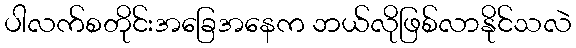
ပါလက်စတိုင်းအခြေအနေက ဘယ်လိုဖြစ်လာနိုင်သလဲ